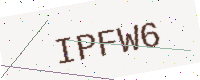
Text: IPFW6